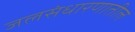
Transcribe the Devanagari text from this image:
जलसंधारणातील